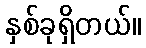
နှစ်ခုရှိတယ်။